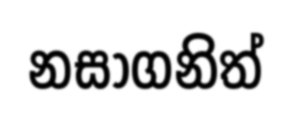
නසාගනිත්